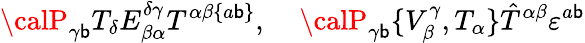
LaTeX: {\calP}_{\gamma\mathsf{b}}T_{\delta}E_{\beta\alpha}^{\delta\gamma}T^{\alpha\beta\{ a\mathsf{b}\} },\; \; \; \; {\calP}_{\gamma\mathsf{b}}\{ V_{\beta}^{\gamma},T_{\alpha}\} \hat{{T}}^{\alpha\beta}\varepsilon^{a\mathsf{b}}